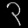
Digit: ၃